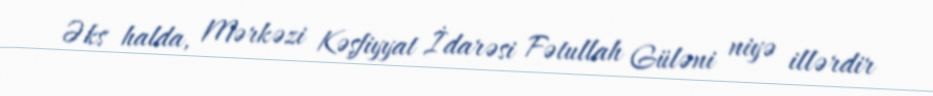
Əks halda, Mərkəzi Kəşfiyyat İdarəsi Fətullah Güləni niyə illərdir